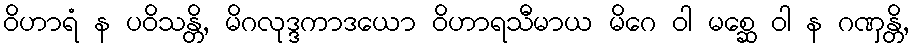
ဝိဟာရံ န ပဝိသန္တိ, မိဂလုဒ္ဒကာဒယော ဝိဟာရသီမာယ မိဂေ ဝါ မစ္ဆေ ဝါ န ဂဏှန္တိ,